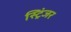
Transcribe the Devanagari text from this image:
स्ट्रिंजर